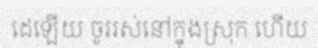
ដេឡើយ ចូររស់នៅក្នុងស្រុក ហើយ